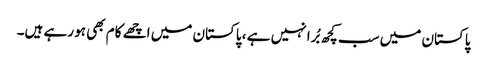
پاکستان میں سب کچھ بُرا نہیں ہے ، پاکستان میں اچھے کام بھی ہو رہے ہیں۔